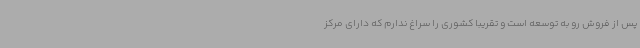
پس از فروش رو به توسعه است و تقریبا کشوری را سراغ ندارم که دارای مرکز